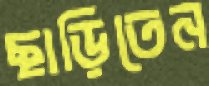
ছাড়িতেন